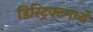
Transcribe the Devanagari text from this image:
डिस्ट्रिक्टमध्ये